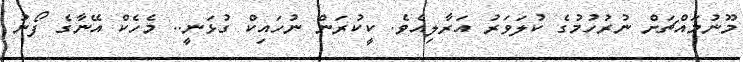
މޫނުމައްޗަށް ނުރުހުމުގެ ކުލަވަރު އަރާލިއެވެ. ކީކުރަން ނުހައިކް ގުޅަނީ.. މެހެކް އޭނާގެ ފޯނު